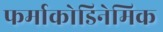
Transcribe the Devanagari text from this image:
फर्माकोडिनेमिक